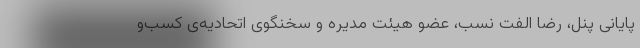
پایانی پنل، رضا الفت نسب، عضو هیئت مدیره و سخنگوی اتحادیه‌ی کسب‌و